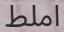
املط